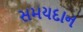
સમયદાન